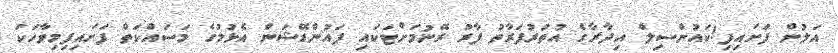
އަލުން ފަށައިފި!ކައުންސިލް އިދާރާގެ އުތުރުފަރާތު ފާރު ރޭނުމަށްޓަކައި ފައުންޑޭޝަން އެޅުމުގެ މަސައްކަތް ފަށައިފިމިވާހަކަ